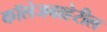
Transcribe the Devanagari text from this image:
कॉलेजबाहेरील